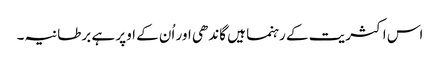
اس اکثریت کے رہنما ہیں گاندھی اور اُن کے اوپر ہے برطانیہ۔